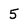
Character: 5